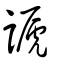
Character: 謕